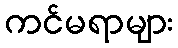
ကင်မရာများ